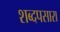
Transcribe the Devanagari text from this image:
शब्दपसारा